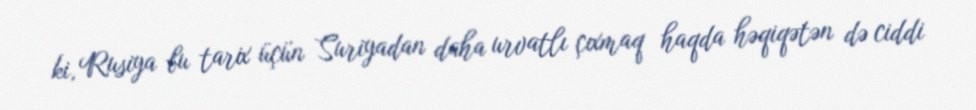
ki, Rusiya bu tarix üçün Suriyadan daha urvatlı çıxmaq haqda həqiqətən də ciddi